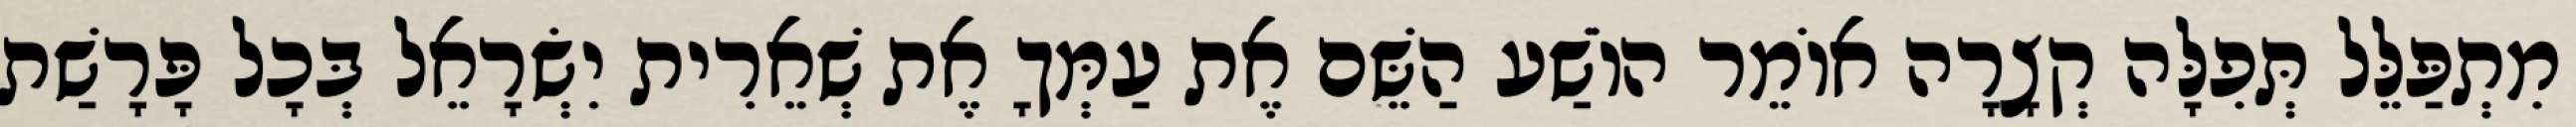
מִתְפַּלֵּל תְּפִלָּה קְצָרָה אוֹמֵר הוֹשַׁע הַשֵּׁם אֶת עַמְּךָ אֶת שְׁאֵרִית יִשְׂרָאֵל בְּכָל פָּרָשַׁת